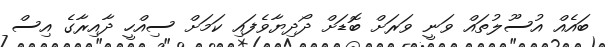
ބައެއް އުސޫލުތައް ވަނީ ވަރަށް ބޮޑަށް ދޯދިޔާވެފައި ކަމަށް ސިއްހީ ދާއިރާގެ އިސް